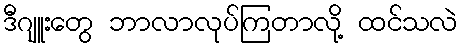
ဒီဂျူးတွေ ဘာလာလုပ်ကြတာလို့ ထင်သလဲ